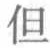
但